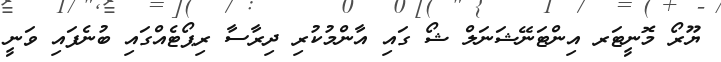
ޔޫރޯ މޮނީޓަރ އިންޓަނޭޝަނަލް ޝޯ ގައި އާންމުކުރި ދިރާސާ ރިޕޯޓެއްގައި ބުނެފައި ވަނީ